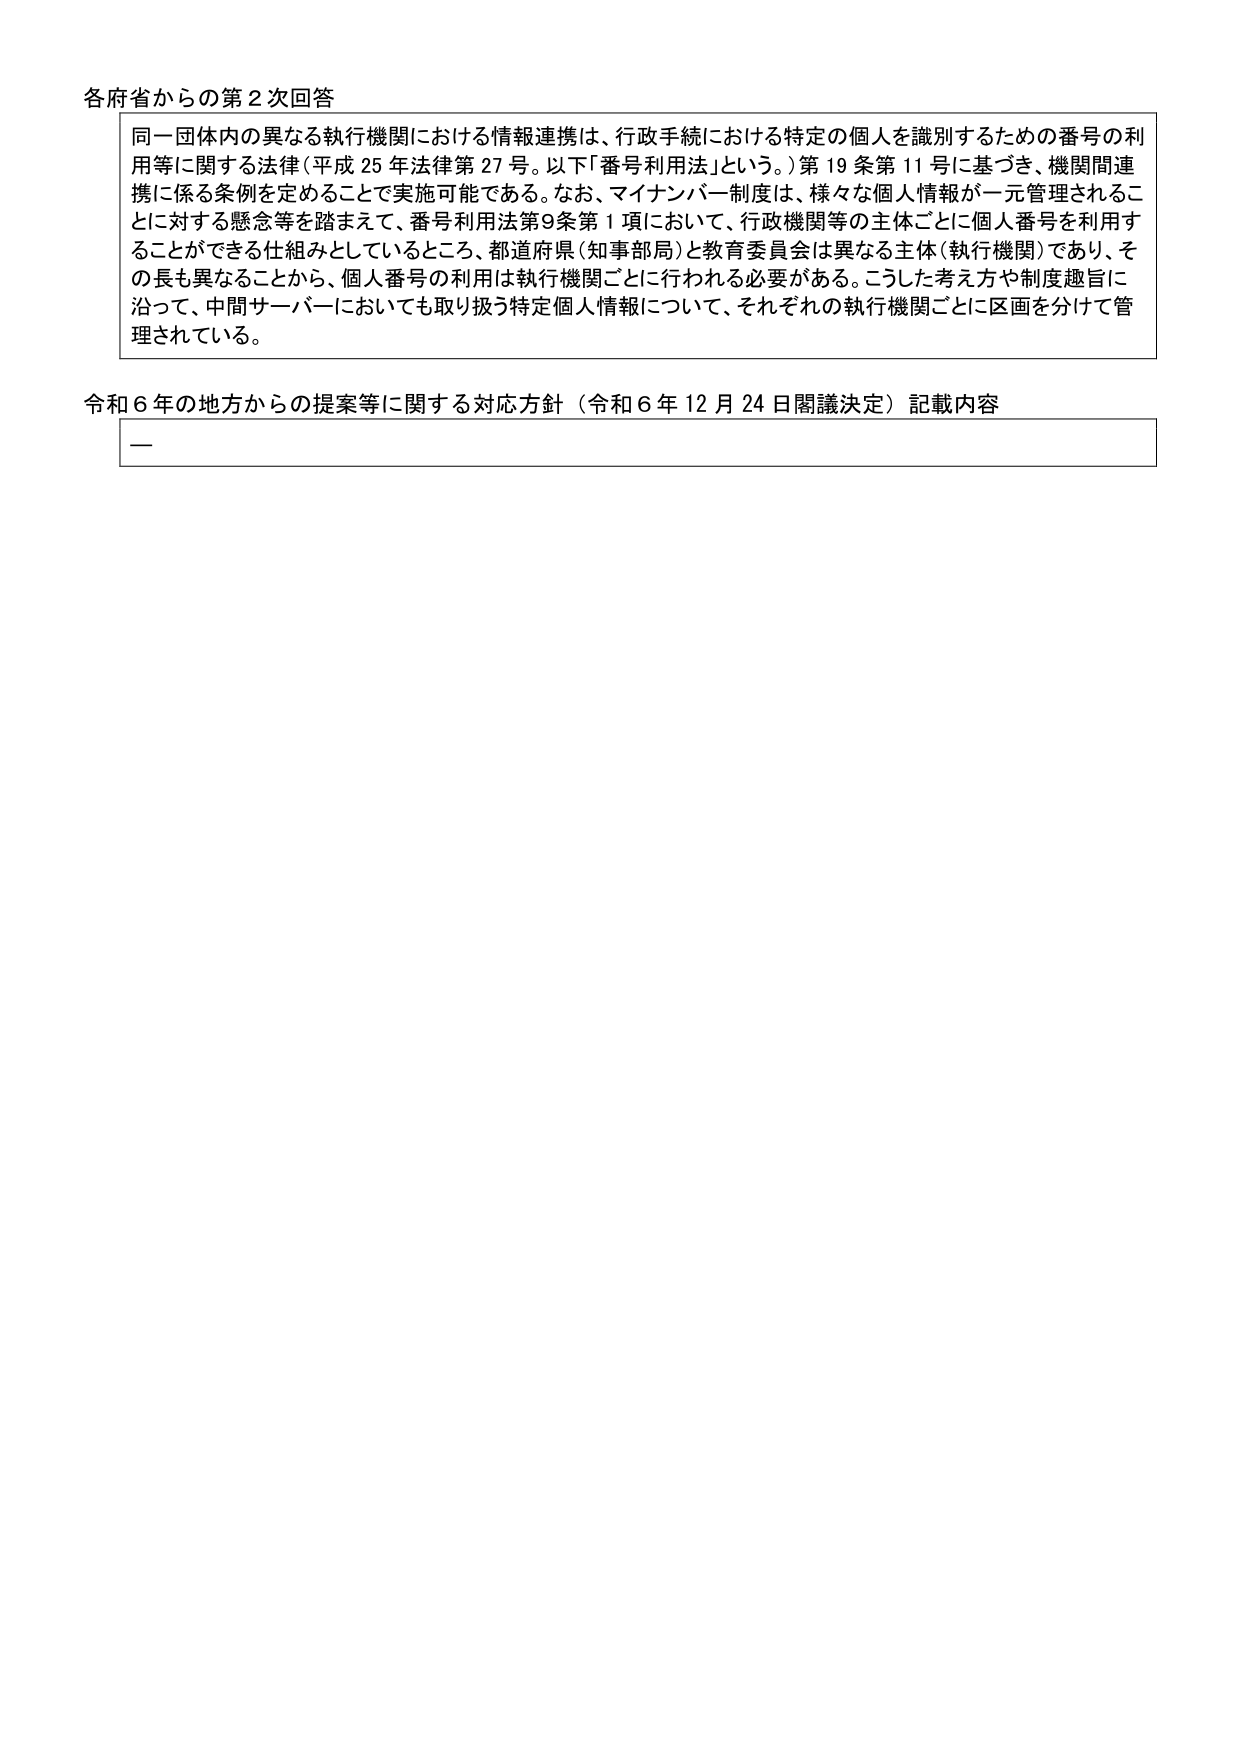
各府省からの第２次回答

同一団体内の異なる執行機関における情報連携は、行政手続における特定の個人を識別するための番号の利用等に関する法律（平成25年法律第27号。以下「番号利用法」という。）第19条第11号に基づき、機関間連携に係る条例を定めることで実施可能である。なお、マイナンバー制度は、様々な個人情報が一元管理されることに対する懸念等を踏まえて、番号利用法第9条第1項において、行政機関等の主体ごとに個人番号を利用することができる仕組みとしているところ、都道府県（知事部局）と教育委員会は異なる主体（執行機関）であり、その長も異なることから、個人番号の利用は執行機関ごとに行われる必要がある。こうした考え方や制度趣旨に沿って、中間サーバーにおいても取り扱う特定個人情報について、それぞれの執行機関ごとに区画を分けて管理されている。

令和６年の地方からの提案等に関する対応方針（令和６年12月24日閣議決定）記載内容

ー